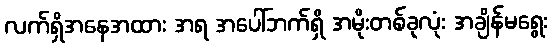
လက်ရှိအနေအထား အရ အပေါ်ဘက်ရှိ အမိုးတစ်ခုလုံး အချိန်မရွေး